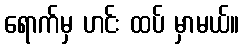
ရောက်မှ ဟင်း ထပ် မှာမယ်။